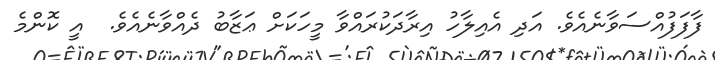
ފާފަފުއްސަވާނެއެވެ. އަދި އެއިލާހު އިރާދަކުރައްވާ މީހަކަށް ޢަޒާބު ދެއްވާނެއެވެ.  އީ ކޮންމެ